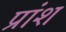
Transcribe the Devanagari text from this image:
प्रांश